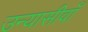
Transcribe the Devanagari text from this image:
उन्यासीवाँ